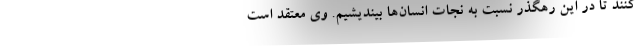
کنند تا در این رهگذر نسبت به نجات انسان‌ها بیندیشیم. وی معتقد است